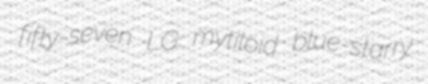
fifty-seven LG mytiloid blue-starry